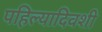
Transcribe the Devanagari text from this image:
पहिल्यादिवशी